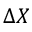
\Delta X